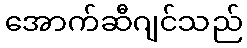
အောက်ဆီဂျင်သည်